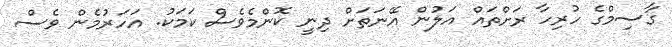
ގާސިމްގެ ހުރިހާ ރަށްތައް އަލުން އޭނަތަށް ދިނީ ކޮންމެވެސް ކަމަކު. އަހަރުމެން ވެސް